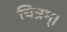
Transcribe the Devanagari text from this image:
चित्रम्।